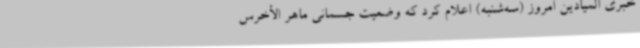
خبری المیادین امروز (سه‌شنبه) اعلام کرد که وضعیت جسمانی ماهر الأخرس